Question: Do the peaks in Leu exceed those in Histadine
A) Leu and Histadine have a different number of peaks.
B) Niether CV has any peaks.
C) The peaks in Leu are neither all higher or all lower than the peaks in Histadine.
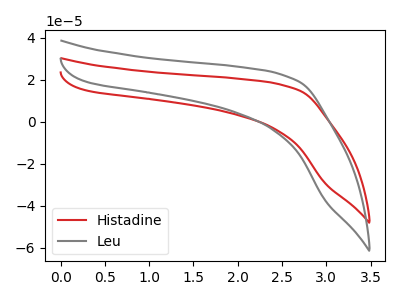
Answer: <think>The red curve "Histadine" has no peaks. The gray curve "Leu" has no peaks.</think>
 <answer>B) Niether CV has any peaks.</answer>
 <eval>B</eval>